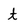
Character: t